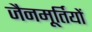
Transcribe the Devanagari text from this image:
जैनमूर्तियों